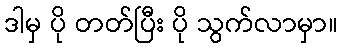
ဒါမှ ပို တတ်ပြီး ပို သွက်လာမှာ။